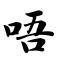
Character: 唔